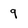
Character: 9